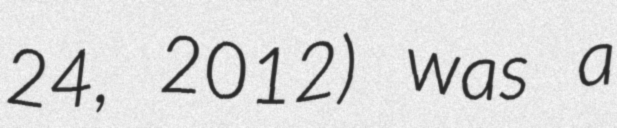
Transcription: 24, 2012) was a